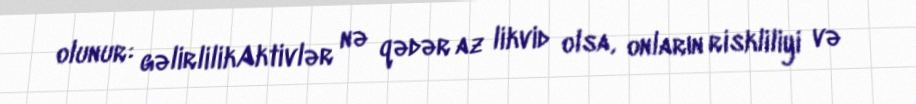
olunur: gəlirlilikAktivlər nə qədər az likvid olsa, onların riskliliyi və